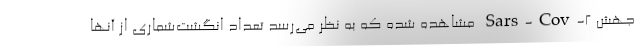
جهش Sars-Cov-۲ مشاهده شده که به نظر می‌رسد تعداد انگشت‌شماری از آنها